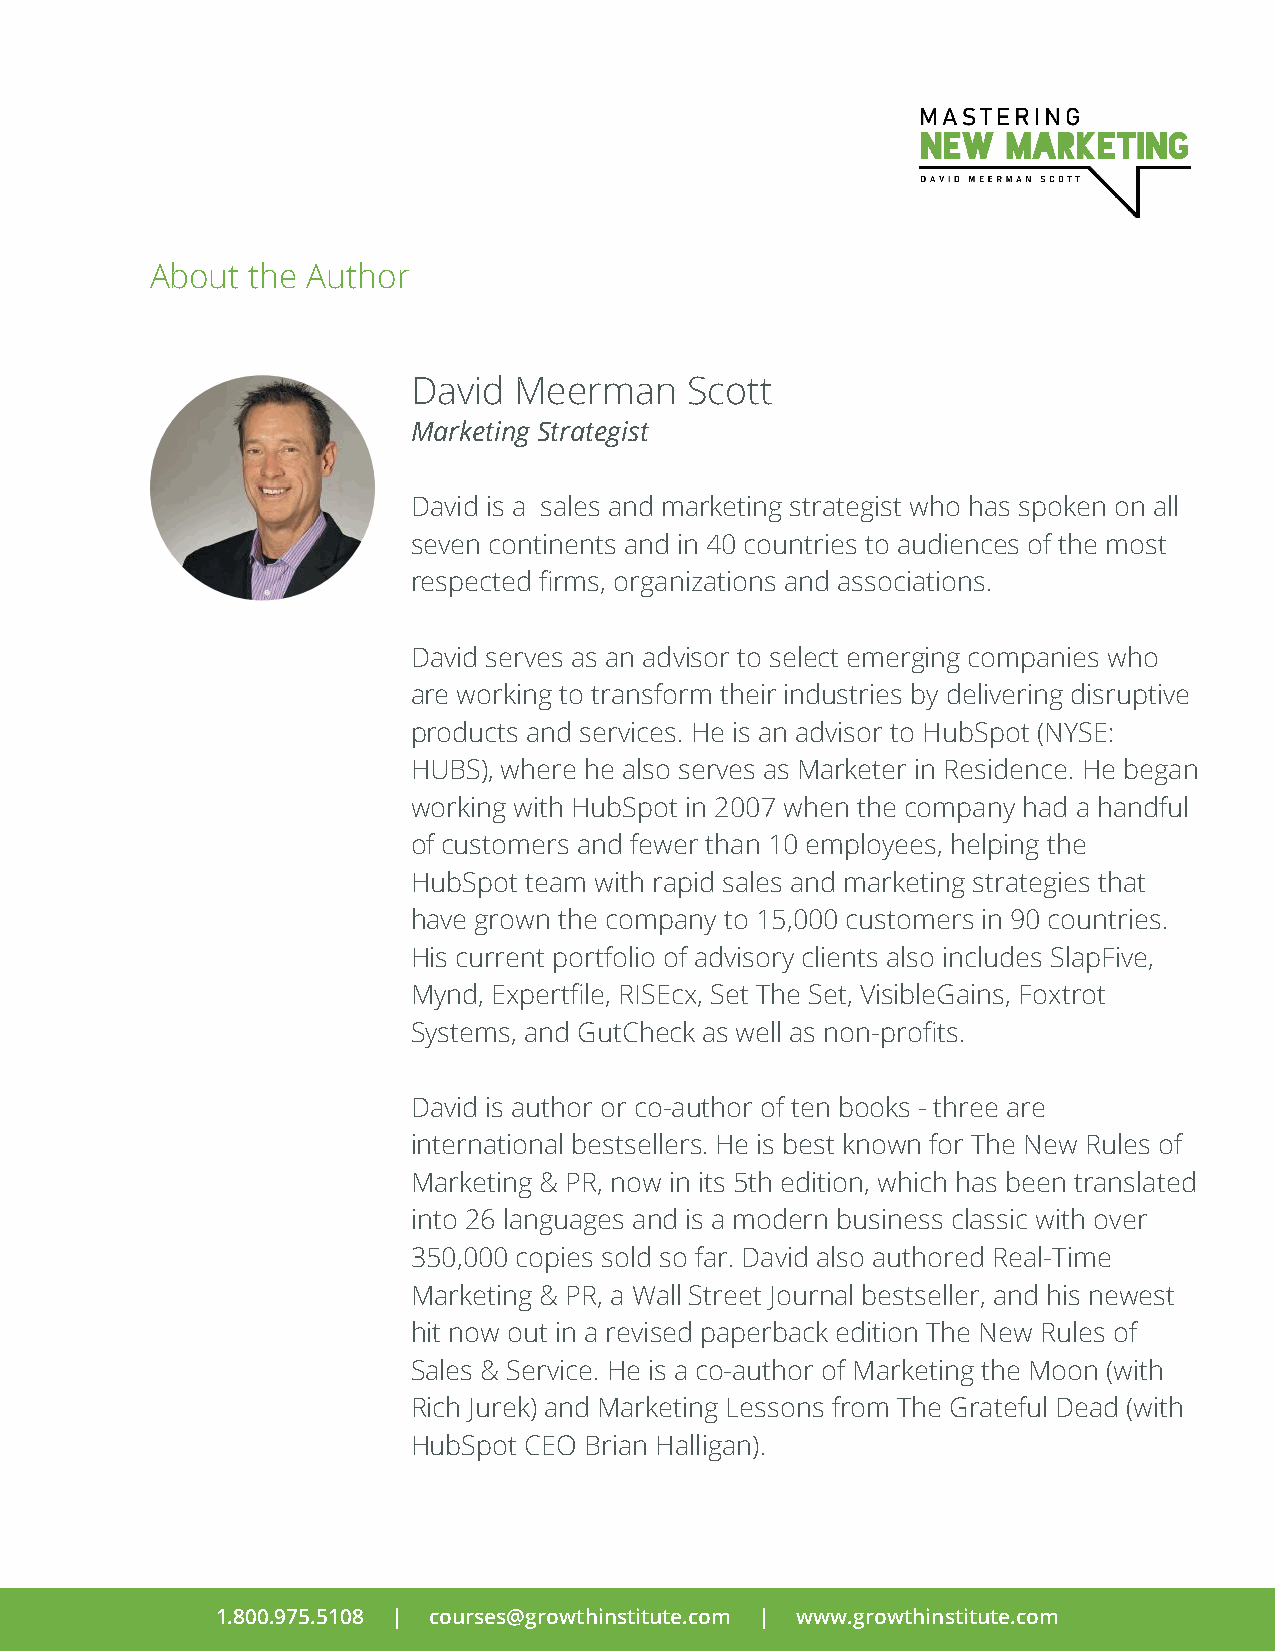
About the Author
 David  Meerman     Scott
 Marketing Strategist
 David is a sales and marketing strategist who has spoken on all
 seven continents and in 40 countries to audiences of the most
 respected firms, organizations and associations.
 David serves as an advisor to select emerging companies who
 are working to transform their industries by delivering disruptive
 products and services. He is an advisor to HubSpot (NYSE:
 HUBS), where he also serves as Marketer in Residence. He began
 working with HubSpot in 2007 when the company had a handful
 of customers and fewer than 10 employees, helping the
 HubSpot team with rapid sales and marketing strategies that
 have grown the company to 15,000 customers in 90 countries.
 His current portfolio of advisory clients also includes SlapFive,
 Mynd, Expertfile, RISEcx, Set The Set, VisibleGains, Foxtrot
 Systems, and GutCheck as well as non-profits.
 David is author or co-author of ten books - three are
 international bestsellers. He is best known for The New Rules of
 Marketing & PR, now in its 5th edition, which has been translated
 into 26 languages and is a modern business classic with over
 350,000 copies sold so far. David also authored Real-Time
 Marketing & PR, a Wall Street Journal bestseller, and his newest
 hit now out in a revised paperback edition The New Rules of
 Sales & Service. He is a co-author of Marketing the Moon (with
 Rich Jurek) and Marketing Lessons from The Grateful Dead (with
 HubSpot CEO Brian Halligan).
 1.800.975.5108 | courses@growthinstitute.com | www.growthinstitute.com